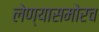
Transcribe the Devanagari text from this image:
लेण्यासमोरच